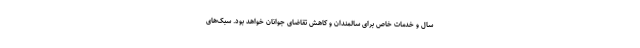
سال و خدمات خاص برای سالمندان و کاهش تقاضای جوانان خواهد بود. سبک‌های